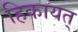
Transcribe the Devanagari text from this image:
हिकायत्‌